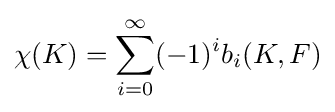
\chi (K)=\sum _{i=0}^{\infty }(-1)^{i}b_{i}(K,F)